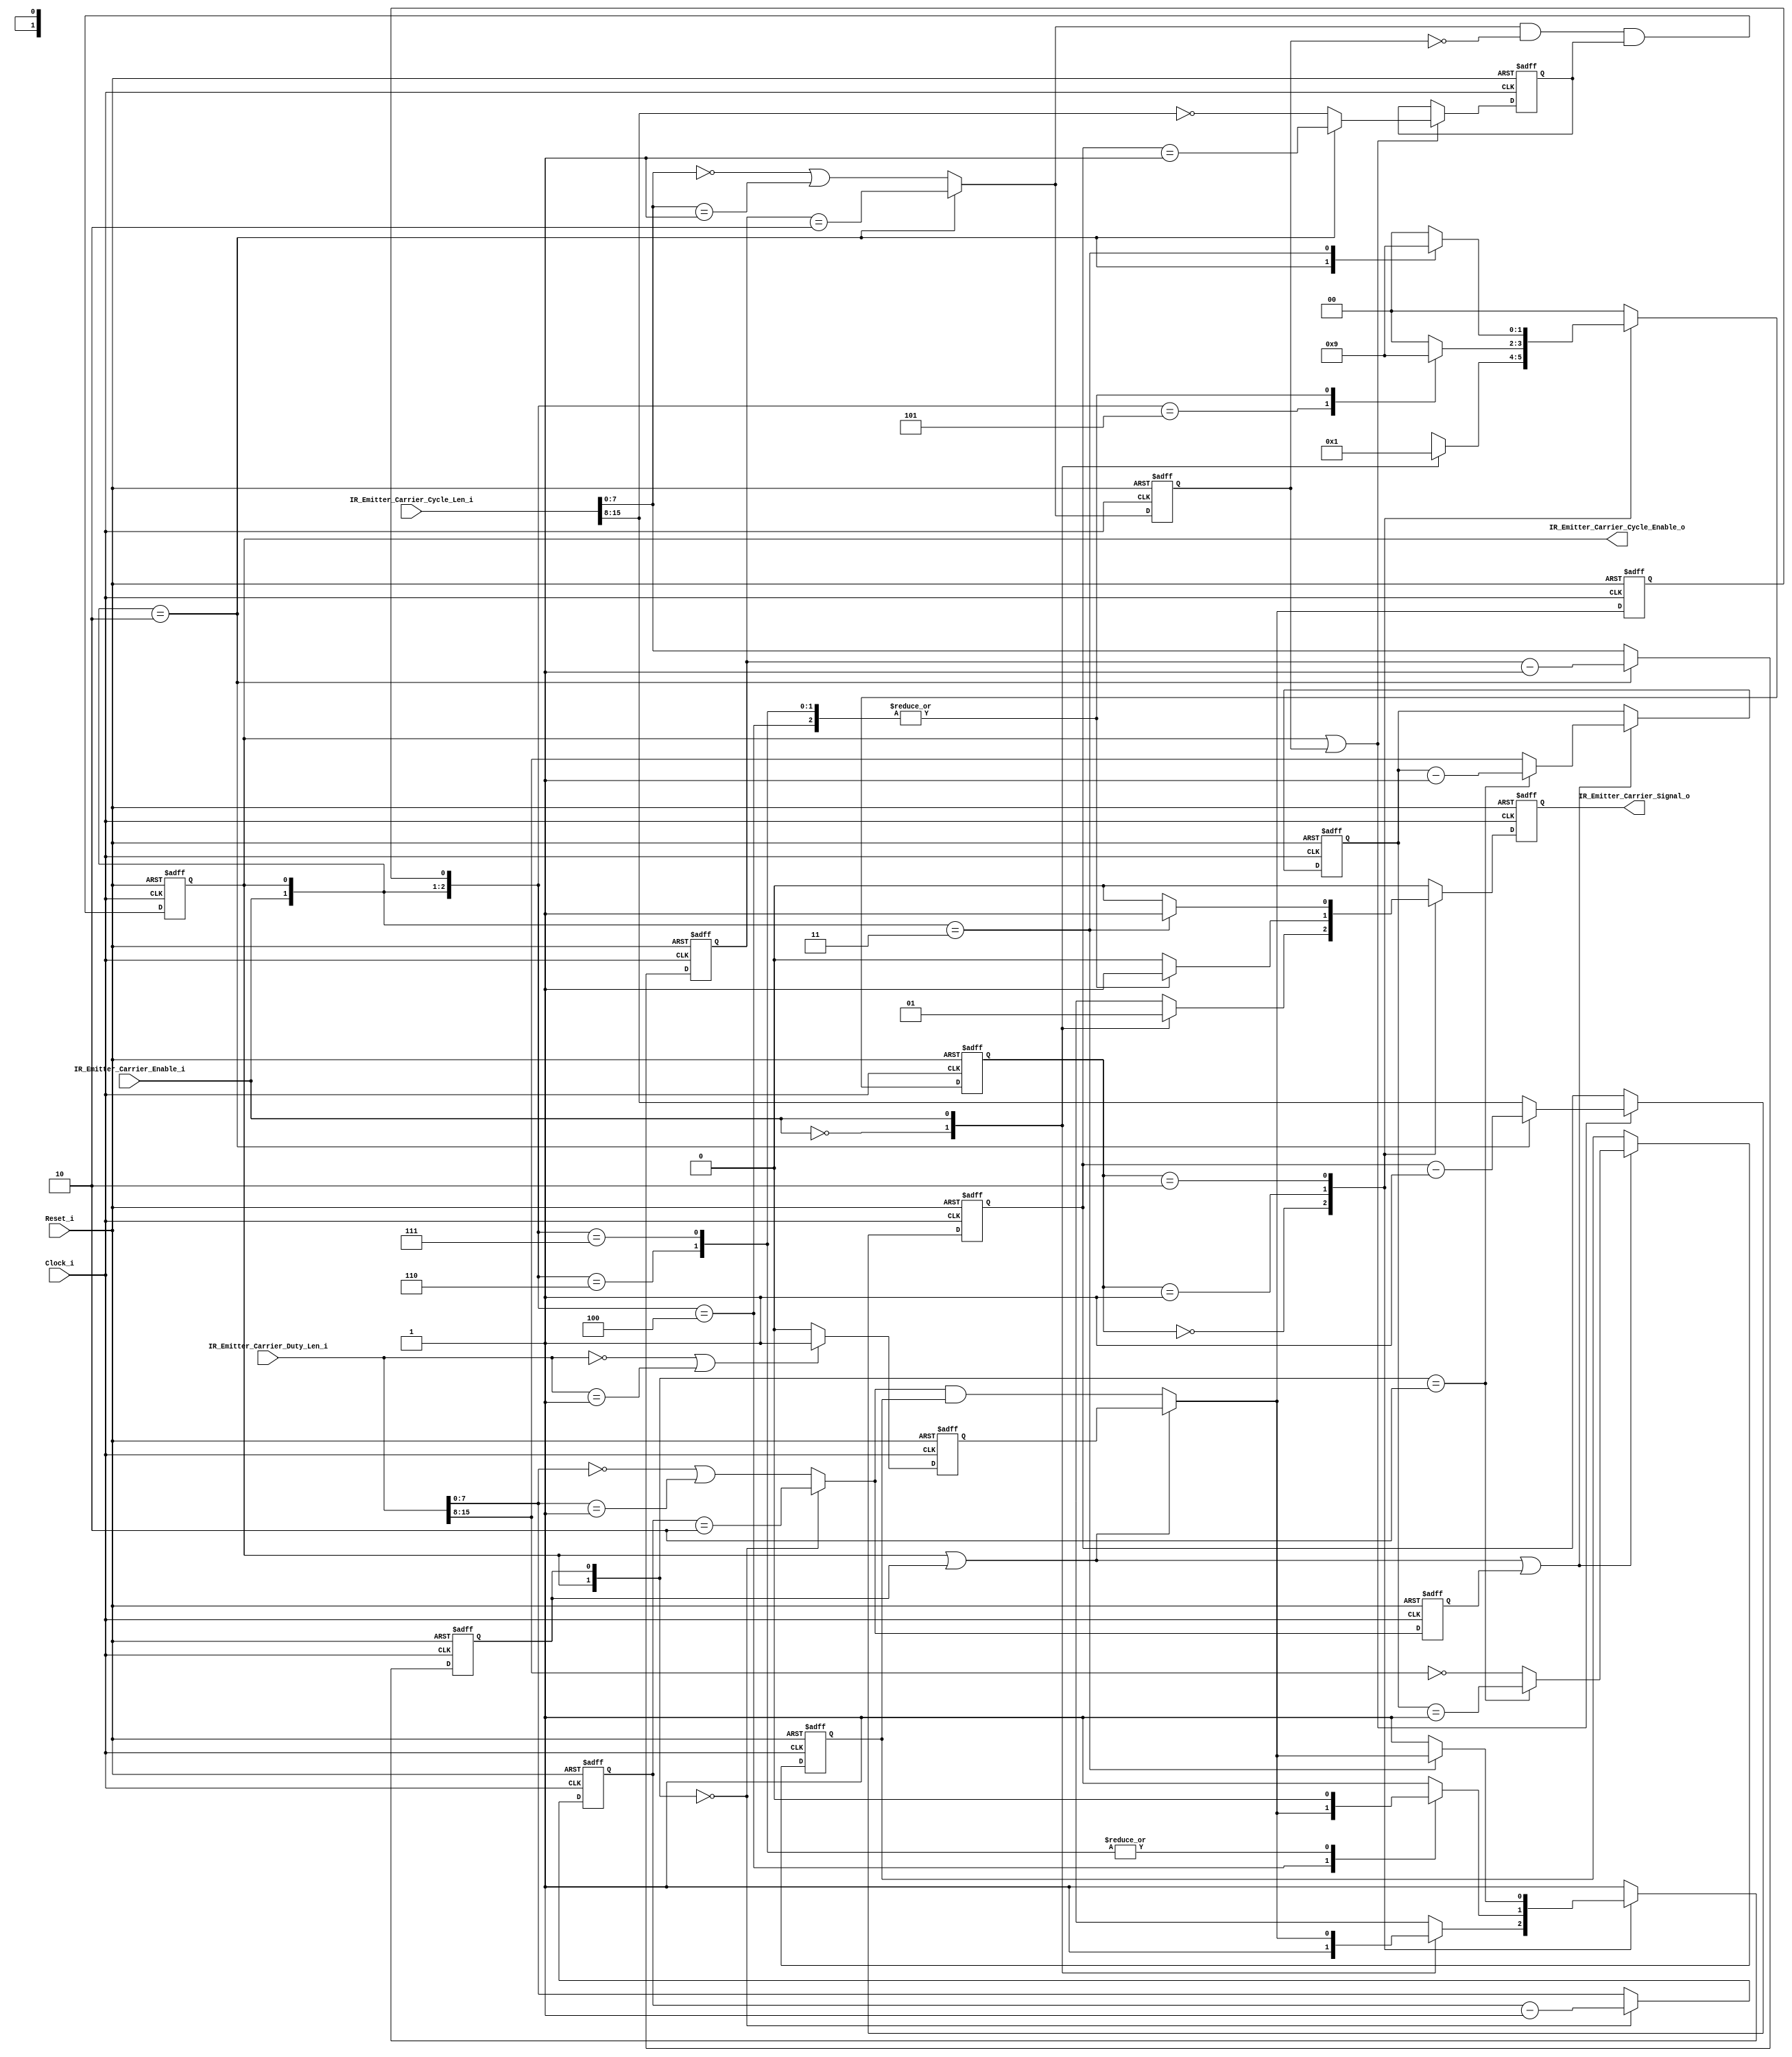
// -----------------------------------------------------------------------------
// title          : IR Emitter Carrier Generator Module
// project        : IR Hub
// -----------------------------------------------------------------------------
// company        : QuickLogic Corp
// last update    : 2014/02/04
// platform       : PolarPro III
// standard       : Verilog 2001
// -----------------------------------------------------------------------------
// description: The IR Hub provides a way to control an external IR LED to act
//              as an IR TV remote, and as a way to transfer Bar Code
//              information to a Point-Of-Sale termainal.
//
//              The IR Emitter Carrier generates the carrier frequency used, in part,
//              to generate the output signal to the external IR LED.
// -----------------------------------------------------------------------------
// copyright (c) 2014
// -----------------------------------------------------------------------------
// revisions  :
// date            version    author         description
// 2014/02/04      1.0        Glen Gomes     created
// -----------------------------------------------------------------------------
// Comments: This solution is specifically for use with the QuickLogic
//           PolarPro III device.
// -----------------------------------------------------------------------------

`timescale 1ns/10ps

module IR_Emitter_Carrier_Generator(

                Clock_i,
                Reset_i,

                IR_Emitter_Carrier_Enable_i,

		        IR_Emitter_Carrier_Cycle_Len_i,
                IR_Emitter_Carrier_Duty_Len_i,

				IR_Emitter_Carrier_Cycle_Enable_o,
		        IR_Emitter_Carrier_Signal_o

                );


//-----Port Parameters-----------------
//

parameter       CARRIER_CYCLE_BITS  = 16;
parameter       CARRIER_DUTY_BITS   = 16;
	
parameter       CARRIER_CYCLE_LSB_BITS =  8;
parameter       CARRIER_DUTY_LSB_BITS  =  8;

//-----Port Signals--------------------
//

input                                Clock_i;
input                                Reset_i;

input                                IR_Emitter_Carrier_Enable_i;

input       [CARRIER_CYCLE_BITS-1:0] IR_Emitter_Carrier_Cycle_Len_i; // Carrier Generator Cycle Length
input       [ CARRIER_DUTY_BITS-1:0] IR_Emitter_Carrier_Duty_Len_i;  // Carrier Duty      Cycle Length

output                               IR_Emitter_Carrier_Cycle_Enable_o;
output                               IR_Emitter_Carrier_Signal_o;


wire                                 Clock_i;
wire                                 Reset_i;

wire                                 IR_Emitter_Carrier_Enable_i;

wire        [CARRIER_CYCLE_BITS-1:0] IR_Emitter_Carrier_Cycle_Len_i; // Carrier Generator Cycle Length
wire        [ CARRIER_DUTY_BITS-1:0] IR_Emitter_Carrier_Duty_Len_i;  // Carrier Duty      Cycle Length

reg                                  IR_Emitter_Carrier_Cycle_Enable_o;

reg                                  IR_Emitter_Carrier_Signal_o;
reg                                  IR_Emitter_Carrier_Signal_o_nxt;


//------Internal Signals-------------------
//

// Define the Carrier Generator's Frequency Cycle Count logic
//
reg     [CARRIER_CYCLE_LSB_BITS-1:0] IR_Emitter_Carrier_Cycle_0_cntr;
reg     [CARRIER_CYCLE_LSB_BITS-1:0] IR_Emitter_Carrier_Cycle_0_cntr_nxt;

reg                                  IR_Emitter_Carrier_Cycle_0_cntr_tc;
reg                                  IR_Emitter_Carrier_Cycle_0_cntr_tc_nxt;

reg     [CARRIER_CYCLE_BITS-
		 CARRIER_CYCLE_LSB_BITS-1:0] IR_Emitter_Carrier_Cycle_1_cntr;

reg     [CARRIER_CYCLE_BITS- 
		 CARRIER_CYCLE_LSB_BITS-1:0] IR_Emitter_Carrier_Cycle_1_cntr_nxt;

reg                                  IR_Emitter_Carrier_Cycle_1_cntr_tc;
reg                                  IR_Emitter_Carrier_Cycle_1_cntr_tc_nxt;



// Define the Carrier Generator's Frequency Duty Cycle Count logic
//
reg     [ CARRIER_DUTY_LSB_BITS-1:0] IR_Emitter_Carrier_Duty_0_cntr;
reg     [ CARRIER_DUTY_LSB_BITS-1:0] IR_Emitter_Carrier_Duty_0_cntr_nxt;

reg                                  IR_Emitter_Carrier_Duty_0_cntr_tc;
reg                                  IR_Emitter_Carrier_Duty_0_cntr_tc_nxt;

reg     [ CARRIER_DUTY_BITS-
          CARRIER_DUTY_LSB_BITS-1:0] IR_Emitter_Carrier_Duty_1_cntr;

reg     [ CARRIER_DUTY_BITS-
          CARRIER_DUTY_LSB_BITS-1:0] IR_Emitter_Carrier_Duty_1_cntr_nxt;

reg                                  IR_Emitter_Carrier_Duty_1_cntr_tc;
reg                                  IR_Emitter_Carrier_Duty_1_cntr_tc_nxt;

reg                                  IR_Emitter_Carrier_Duty_cntr_ld;
reg                                  IR_Emitter_Carrier_Duty_cntr_ld_nxt;

reg                                  IR_Emitter_Carrier_Duty_cntr_tc;
wire                                 IR_Emitter_Carrier_Duty_cntr_tc_nxt;

reg                                  IR_Emitter_Carrier_Duty_ld_tc;
wire                                 IR_Emitter_Carrier_Duty_ld_tc_nxt;

reg		                      [1:0]  IR_Emitter_Carrier_Duty_State;
reg		                      [1:0]  IR_Emitter_Carrier_Duty_State_nxt;


//------Define Parameters------------------
//

// Define the Duty Cycle Counter's State bits
//
parameter  DUTY_IDLE_ST   = 2'h0;
parameter  DUTY_COUNT_ST  = 2'h1;
parameter  DUTY_WAIT_ST   = 2'h2;


//------Logic Operations-------------------
//


// Define the IR Emitter's Registers
//
always @(posedge Clock_i or posedge Reset_i) 
begin
    if (Reset_i)
    begin
        IR_Emitter_Carrier_Cycle_0_cntr        <= 0;
        IR_Emitter_Carrier_Cycle_0_cntr_tc     <= 1'b0;

        IR_Emitter_Carrier_Cycle_1_cntr        <= 0;
        IR_Emitter_Carrier_Cycle_1_cntr_tc     <= 1'b0;

        IR_Emitter_Carrier_Cycle_Enable_o      <= 1'b0;


        IR_Emitter_Carrier_Duty_0_cntr         <= 0;
        IR_Emitter_Carrier_Duty_0_cntr_tc      <= 1'b0;

        IR_Emitter_Carrier_Duty_1_cntr         <= 0;
        IR_Emitter_Carrier_Duty_1_cntr_tc      <= 1'b0;

        IR_Emitter_Carrier_Duty_cntr_ld        <= 1'b0;
        IR_Emitter_Carrier_Duty_cntr_tc        <= 1'b0;
        IR_Emitter_Carrier_Duty_ld_tc          <= 1'b0;

        IR_Emitter_Carrier_Duty_State          <= DUTY_IDLE_ST;

        IR_Emitter_Carrier_Signal_o            <= 1'b0;

    end
    else 
    begin  
        IR_Emitter_Carrier_Cycle_0_cntr        <= IR_Emitter_Carrier_Cycle_0_cntr_nxt;
        IR_Emitter_Carrier_Cycle_0_cntr_tc     <= IR_Emitter_Carrier_Cycle_0_cntr_tc_nxt;

		if (IR_Emitter_Carrier_Cycle_Enable_o || IR_Emitter_Carrier_Cycle_0_cntr_tc)
		begin
            IR_Emitter_Carrier_Cycle_1_cntr    <= IR_Emitter_Carrier_Cycle_1_cntr_nxt;
            IR_Emitter_Carrier_Cycle_1_cntr_tc <= IR_Emitter_Carrier_Cycle_1_cntr_tc_nxt;
        end

        IR_Emitter_Carrier_Cycle_Enable_o      <=  IR_Emitter_Carrier_Cycle_0_cntr_tc_nxt
		                                       & (~IR_Emitter_Carrier_Cycle_0_cntr_tc)
		                                       &   IR_Emitter_Carrier_Cycle_1_cntr_tc;


        IR_Emitter_Carrier_Duty_0_cntr         <= IR_Emitter_Carrier_Duty_0_cntr_nxt;
        IR_Emitter_Carrier_Duty_0_cntr_tc      <= IR_Emitter_Carrier_Duty_0_cntr_tc_nxt;

		if (IR_Emitter_Carrier_Cycle_Enable_o  || 
            IR_Emitter_Carrier_Duty_cntr_ld    || IR_Emitter_Carrier_Duty_0_cntr_tc )
		begin
            IR_Emitter_Carrier_Duty_1_cntr     <= IR_Emitter_Carrier_Duty_1_cntr_nxt;
            IR_Emitter_Carrier_Duty_1_cntr_tc  <= IR_Emitter_Carrier_Duty_1_cntr_tc_nxt;
        end
 
        IR_Emitter_Carrier_Duty_cntr_ld        <= IR_Emitter_Carrier_Duty_cntr_ld_nxt;
        IR_Emitter_Carrier_Duty_cntr_tc        <= IR_Emitter_Carrier_Duty_cntr_tc_nxt;
        IR_Emitter_Carrier_Duty_ld_tc          <= IR_Emitter_Carrier_Duty_ld_tc_nxt;

        IR_Emitter_Carrier_Duty_State          <= IR_Emitter_Carrier_Duty_State_nxt;

        IR_Emitter_Carrier_Signal_o            <= IR_Emitter_Carrier_Signal_o_nxt;

	end
end

// Define the Carrier Generator's Frequency Cycle Counter's LSBs
//
// Note: The LSBs of the counter must operate at the frequency of the input
//       clock. However, the MSBs run at the division rate of the LSBs. This
//       relaxes the timing of the MSBs.
//
always@(
        IR_Emitter_Carrier_Cycle_0_cntr     or
        IR_Emitter_Carrier_Cycle_Len_i      or
        IR_Emitter_Carrier_Enable_i         or
        IR_Emitter_Carrier_Cycle_Enable_o   
       ) 
begin

    case({IR_Emitter_Carrier_Enable_i,
          IR_Emitter_Carrier_Cycle_Enable_o}
		 )
    2'b10:   IR_Emitter_Carrier_Cycle_0_cntr_nxt    <= IR_Emitter_Carrier_Cycle_0_cntr - 1;                        // Count
	default: IR_Emitter_Carrier_Cycle_0_cntr_nxt    <= IR_Emitter_Carrier_Cycle_Len_i[CARRIER_CYCLE_LSB_BITS-1:0]; // Load
	endcase

    case({IR_Emitter_Carrier_Enable_i,
          IR_Emitter_Carrier_Cycle_Enable_o}
		 )
    2'b10:   IR_Emitter_Carrier_Cycle_0_cntr_tc_nxt <= (IR_Emitter_Carrier_Cycle_0_cntr == 2);                            // Count
	default: IR_Emitter_Carrier_Cycle_0_cntr_tc_nxt <= (IR_Emitter_Carrier_Cycle_Len_i[CARRIER_CYCLE_LSB_BITS-1:0] == 0)
	                                                 | (IR_Emitter_Carrier_Cycle_Len_i[CARRIER_CYCLE_LSB_BITS-1:0] == 1); // Load
	endcase

end


// Define the Carrier Generator's Frequency Cycle Counter's MSBs
//
always@(
        IR_Emitter_Carrier_Cycle_1_cntr     or
        IR_Emitter_Carrier_Cycle_Len_i      or
        IR_Emitter_Carrier_Enable_i         or
        IR_Emitter_Carrier_Cycle_Enable_o
       ) 
begin

    case({IR_Emitter_Carrier_Enable_i,
          IR_Emitter_Carrier_Cycle_Enable_o}
		 )
    2'b10:   IR_Emitter_Carrier_Cycle_1_cntr_nxt    <= IR_Emitter_Carrier_Cycle_1_cntr - 1;                    // Count
	default: IR_Emitter_Carrier_Cycle_1_cntr_nxt    <= IR_Emitter_Carrier_Cycle_Len_i[CARRIER_CYCLE_BITS-1:
			                                                                          CARRIER_CYCLE_LSB_BITS]; // Load
	endcase

    case({IR_Emitter_Carrier_Enable_i,
          IR_Emitter_Carrier_Cycle_Enable_o}
		 )
    2'b10:   IR_Emitter_Carrier_Cycle_1_cntr_tc_nxt <= (IR_Emitter_Carrier_Cycle_1_cntr == 1);                        // Count
	default: IR_Emitter_Carrier_Cycle_1_cntr_tc_nxt <= (IR_Emitter_Carrier_Cycle_Len_i[CARRIER_CYCLE_BITS-1:
			                                                                           CARRIER_CYCLE_LSB_BITS] == 0); // Load
	endcase

end


// Define when the IR Emitter's Duty Cycle Counter is done
//
// Note: The Carrier Duty Cycle Counter's value should always be less than or equal 
//       to the Carrier Cycle Counter's value. However, if the Carrier Cycle's Counter
//       value is smaller then the Carrier Duty Cycle Counter, the terms below will
//       correctly maintain counter loading. 
//
//       In addition, these terms allow for proper loading when the Carrier Signal is disabled.
//
assign IR_Emitter_Carrier_Duty_cntr_tc_nxt = (IR_Emitter_Carrier_Cycle_Enable_o || IR_Emitter_Carrier_Duty_cntr_ld) 
                                           ?  IR_Emitter_Carrier_Duty_ld_tc
                                           :  IR_Emitter_Carrier_Duty_0_cntr_tc_nxt & IR_Emitter_Carrier_Duty_1_cntr_tc;


// Define the Terminal Count for a load of zero
//
// Note: This was done in this way to avoid having to decode a larger number
//       of bits at a time to address certain corner cases. These cases should 
//       not happen if the correct values are loaded into the Carrier Cycle and 
//       Carrier Duty Cycle Counters.
//
assign IR_Emitter_Carrier_Duty_ld_tc_nxt  = ((IR_Emitter_Carrier_Duty_Len_i == 0)
                                          || (IR_Emitter_Carrier_Duty_Len_i == 1)) ? 1'b1: 1'b0;


// Define the IR Emitter's Carrier Duty Cycle Counter's statemachine
//
// Note: The Carrier Signal starts at the begining of each Carrier Cycle Counter 
//       Cycle and then should shut off until the start of the next cycle.
//
//       This statemachine handles conditions when the Carrier Duty Cycle Counter
//       value is below, equal to, or above the Carrier Cycle Counter value.
//
always @(IR_Emitter_Carrier_Duty_State       or
		 IR_Emitter_Carrier_Enable_i         or
         IR_Emitter_Carrier_Cycle_Enable_o   or
		 IR_Emitter_Carrier_Duty_cntr_tc_nxt or
		 IR_Emitter_Carrier_Duty_cntr_tc
        )
begin
    case(IR_Emitter_Carrier_Duty_State)
	DUTY_IDLE_ST:
	begin
		case(IR_Emitter_Carrier_Enable_i)
		1'b0: // Waiting for the Carrier Signal to be enabled
		begin
			IR_Emitter_Carrier_Duty_State_nxt   <= DUTY_IDLE_ST;

			IR_Emitter_Carrier_Duty_cntr_ld_nxt <= 1'b1;
			IR_Emitter_Carrier_Signal_o_nxt     <= 1'b0;
		end
		1'b1:  // The Carrier Signal has been enabled
		begin
			IR_Emitter_Carrier_Duty_State_nxt   <= DUTY_COUNT_ST;

			IR_Emitter_Carrier_Duty_cntr_ld_nxt <=  IR_Emitter_Carrier_Duty_cntr_tc_nxt;
			IR_Emitter_Carrier_Signal_o_nxt     <=  1'b1;
		end
        endcase
	end
    DUTY_COUNT_ST:
	begin
		case({IR_Emitter_Carrier_Enable_i, 
              IR_Emitter_Carrier_Cycle_Enable_o, 
              IR_Emitter_Carrier_Duty_cntr_tc}
	        )
		3'b100: // The Carrier Duty Cycle is counting down
		begin
			IR_Emitter_Carrier_Duty_State_nxt   <= DUTY_COUNT_ST;

			IR_Emitter_Carrier_Duty_cntr_ld_nxt <= IR_Emitter_Carrier_Duty_cntr_tc_nxt;
			IR_Emitter_Carrier_Signal_o_nxt     <= 1'b1;
		end
		3'b101: // The Carrier Cycle Count is longer than the Carrier Duty Cycle.
		begin
			IR_Emitter_Carrier_Duty_State_nxt   <= DUTY_WAIT_ST;

			IR_Emitter_Carrier_Duty_cntr_ld_nxt <= 1'b1;
			IR_Emitter_Carrier_Signal_o_nxt     <= 1'b0;
		end
		3'b110: // The Carrier Cycle Count is shorter than the Carrier Duty Cycle count.
		        // Note: For proper operation, the Carrier Cycle Count should 
				//       never be shorter than the Carrier Duty Cycle.
		begin
			IR_Emitter_Carrier_Duty_State_nxt   <= DUTY_COUNT_ST;

			IR_Emitter_Carrier_Duty_cntr_ld_nxt <= 1'b0;
			IR_Emitter_Carrier_Signal_o_nxt     <= 1'b1;
		end
		3'b111: // The Carrier Cycle Count is the same as the Carrier Duty Cycle.
		begin
			IR_Emitter_Carrier_Duty_State_nxt   <= DUTY_COUNT_ST;

			IR_Emitter_Carrier_Duty_cntr_ld_nxt <= 1'b0;
			IR_Emitter_Carrier_Signal_o_nxt     <= 1'b1;
		end
		default: // The Carrier Signal has been disabled.
		begin
			IR_Emitter_Carrier_Duty_State_nxt   <= DUTY_IDLE_ST;

			IR_Emitter_Carrier_Duty_cntr_ld_nxt <= 1'b1;
			IR_Emitter_Carrier_Signal_o_nxt     <= 1'b0;
		end
        endcase
	end
    DUTY_WAIT_ST:
	begin
		case({IR_Emitter_Carrier_Enable_i, IR_Emitter_Carrier_Cycle_Enable_o})
		2'b10: // Waiting for the Carrier Cycle Counter to count down
		begin
			IR_Emitter_Carrier_Duty_State_nxt   <= DUTY_WAIT_ST;

			IR_Emitter_Carrier_Duty_cntr_ld_nxt <= 1'b1;
			IR_Emitter_Carrier_Signal_o_nxt     <= 1'b0;
		end
		2'b11: // Carrier Cycle Counter has finished
		begin
			IR_Emitter_Carrier_Duty_State_nxt   <= DUTY_COUNT_ST;

			IR_Emitter_Carrier_Duty_cntr_ld_nxt <=  IR_Emitter_Carrier_Duty_cntr_tc_nxt;
			IR_Emitter_Carrier_Signal_o_nxt     <=  1'b1;
		end
		default: // The Carrier Signal Output has been disabled
		begin
			IR_Emitter_Carrier_Duty_State_nxt   <= DUTY_IDLE_ST;

			IR_Emitter_Carrier_Duty_cntr_ld_nxt <= 1'b1;
			IR_Emitter_Carrier_Signal_o_nxt     <= 1'b0;
		end
        endcase
	end
	default: // An unexpected condition has happened
	begin
		IR_Emitter_Carrier_Duty_State_nxt   <= DUTY_IDLE_ST;

		IR_Emitter_Carrier_Duty_cntr_ld_nxt <= 1'b1;
		IR_Emitter_Carrier_Signal_o_nxt     <= 1'b0;
	end
	endcase
end

// Define the Carrier Generator's Duty Cycle Counter's LSBs
//
// Note: The LSBs of the counter must operate at the frequency of the input
//       clock. However, the MSBs run at the division rate of the LSBs. This
//       relaxes the timing of the MSBs.
//
always@(
        IR_Emitter_Carrier_Duty_0_cntr     or
        IR_Emitter_Carrier_Duty_Len_i      or
        IR_Emitter_Carrier_Cycle_Enable_o  or
        IR_Emitter_Carrier_Duty_cntr_ld
       ) 
begin

    case({IR_Emitter_Carrier_Cycle_Enable_o,
		  IR_Emitter_Carrier_Duty_cntr_ld}
		 )
    2'b00:   IR_Emitter_Carrier_Duty_0_cntr_nxt    <= IR_Emitter_Carrier_Duty_0_cntr - 1;                       // Count
	default: IR_Emitter_Carrier_Duty_0_cntr_nxt    <= IR_Emitter_Carrier_Duty_Len_i[CARRIER_DUTY_LSB_BITS-1:0]; // Load
	endcase

    case({IR_Emitter_Carrier_Cycle_Enable_o,
		  IR_Emitter_Carrier_Duty_cntr_ld}
		 )
    2'b00:   IR_Emitter_Carrier_Duty_0_cntr_tc_nxt <= (IR_Emitter_Carrier_Duty_0_cntr == 2);                           // Count
	default: IR_Emitter_Carrier_Duty_0_cntr_tc_nxt <= (IR_Emitter_Carrier_Duty_Len_i[CARRIER_DUTY_LSB_BITS-1:0] == 0)
	                                                | (IR_Emitter_Carrier_Duty_Len_i[CARRIER_DUTY_LSB_BITS-1:0] == 1); // Load
	endcase

end


// Define the Carrier Generator's Duty Cycle Counter's MSBs
//
always@(
        IR_Emitter_Carrier_Duty_1_cntr     or
        IR_Emitter_Carrier_Duty_Len_i      or
        IR_Emitter_Carrier_Cycle_Enable_o  or
        IR_Emitter_Carrier_Duty_cntr_ld
       ) 
begin

    case({IR_Emitter_Carrier_Cycle_Enable_o,
		  IR_Emitter_Carrier_Duty_cntr_ld}
		 )
    2'b10:   IR_Emitter_Carrier_Duty_1_cntr_nxt    <= IR_Emitter_Carrier_Duty_1_cntr - 1;                   // Count
	default: IR_Emitter_Carrier_Duty_1_cntr_nxt    <= IR_Emitter_Carrier_Duty_Len_i[CARRIER_DUTY_BITS-1:
			                                                                        CARRIER_DUTY_LSB_BITS]; // Load
	endcase

    case({IR_Emitter_Carrier_Cycle_Enable_o,
		  IR_Emitter_Carrier_Duty_cntr_ld}
		 )
    2'b10:   IR_Emitter_Carrier_Duty_1_cntr_tc_nxt <= (IR_Emitter_Carrier_Duty_1_cntr == 1);                       // Count
	default: IR_Emitter_Carrier_Duty_1_cntr_tc_nxt <= (IR_Emitter_Carrier_Duty_Len_i[CARRIER_DUTY_BITS-1:
			                                                                         CARRIER_DUTY_LSB_BITS] == 0); // Load
	endcase

end


//------Instantiate Modules----------------
//



endmodule